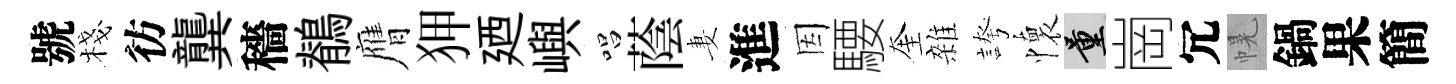
號棧彷龔穡鶺膺狎廼嶼唱蔭妻進因騕奎雜誇懷量崗冗幌鍋果簡